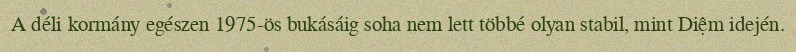
A déli kormány egészen 1975-ös bukásáig soha nem lett többé olyan stabil, mint Diệm idején.